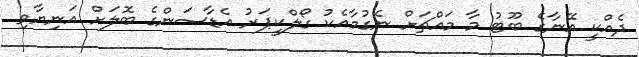
ދެއްކީ އޭނާގެ ބޫޓު މާ މައްޗަށް ނެގުމާއެކު ގޯލްކީޕަރު އެޑާސަންގެ ބޮލަށް އަނިޔާވި